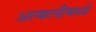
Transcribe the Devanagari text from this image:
अल्कलीमध्ये